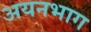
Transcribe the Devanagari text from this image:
अयनभाग